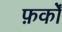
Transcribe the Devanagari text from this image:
फ़र्कों